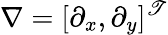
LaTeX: \nabla=[\partial_{x},\partial_{y}]^{\mathscr{T}}